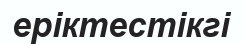
еріктестікгі